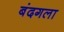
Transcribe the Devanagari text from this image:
बंदगला